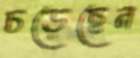
চড়েছেন